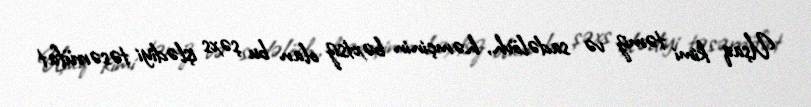
Uşaq kimi təmiz və sadəlövh, həmçinin bəxtsiz olan bu şəxs işlədiyi təsərrüfat